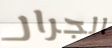
الجرار